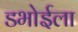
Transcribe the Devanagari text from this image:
डभोईला